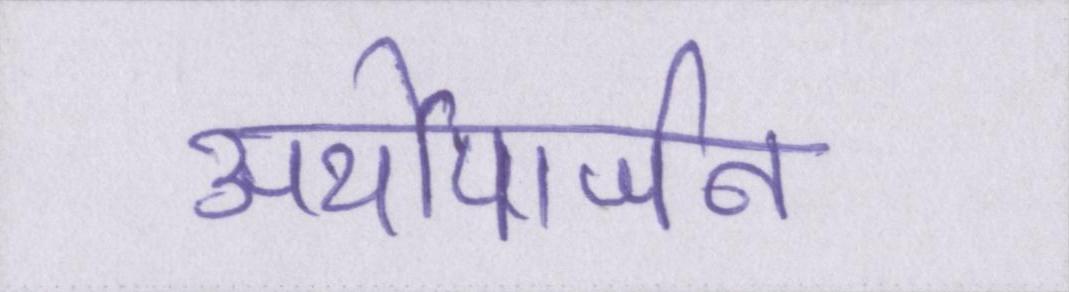
अर्थोपार्जन